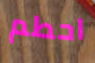
احطم